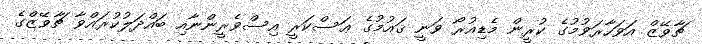
ޗާވޭޒް އަވަހާރަވުމުގެ ކުރީން މެޑިއުރޯ ވަނީ ޤައުމުގެ ޢަސްކަރީ އިސްވެރީންނާއި ބައްދަލުކުރައްވާ ޗާވޭޒްގެ